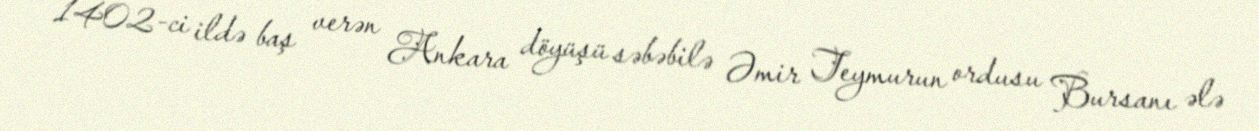
1402-ci ildə baş verən Ankara döyüşü səbəbilə Əmir Teymurun ordusu Bursanı ələ